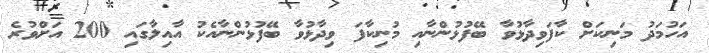
އަހުމަދު މަނިކަށް ކާފަވިދާޅުވާ ބޭފުޅުންނާއި މުނިކާފަ ވިދާޅުވާ ބޭފުޅުންނާއެކު އާއިލާގައި 200 އަށްވުރެ